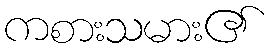
ကစားသမား၏